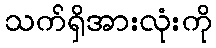
သက်ရှိအားလုံးကို